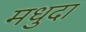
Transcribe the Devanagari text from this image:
मधुदा